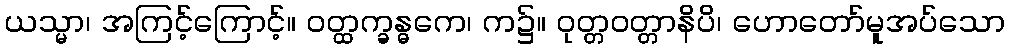
ယသ္မာ၊ အကြင့်ကြောင့်။ ဝတ္ထက္ခန္ဓကေ၊ က၌။ ဝုတ္တဝတ္တာနိပိ၊ ဟောတော်မူအပ်သော